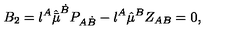
B _ { 2 } = { \l } ^ { A } \hat { \bar { \mu } } ^ { \dot { B } } P _ { A \dot { B } } - \l ^ { A } \hat { \mu } ^ { B } Z _ { A B } = 0 ,